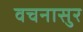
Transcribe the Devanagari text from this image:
वचनासुर